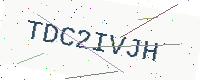
Text: TDC2IVJH